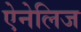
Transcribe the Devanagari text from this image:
ऐनेलिज